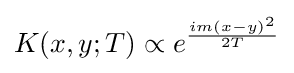
K(x,y;T)\propto e^{\frac {im(x-y)^{2}}{2T}}